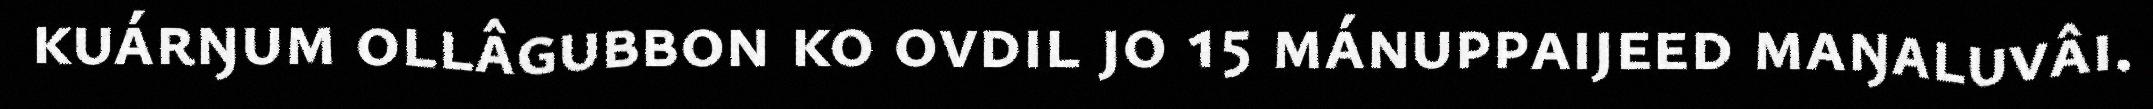
kuárŋum ollâgubbon ko ovdil jo 15 mánuppaijeed maŋaluvâi.